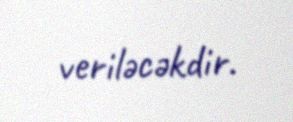
veriləcəkdir.